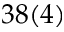
3 8 ( 4 )